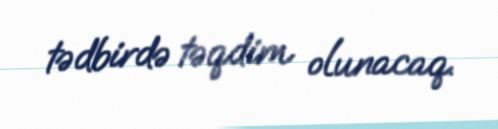
tədbirdə təqdim olunacaq.